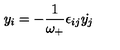
y _ { i } = - \frac { 1 } { \omega _ { + } } \epsilon _ { i j } { \dot { y _ { j } } }